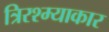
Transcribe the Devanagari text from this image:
त्रिरश्म्याकार